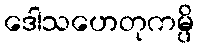
ဒေါသဟေတုကမ္ပိ